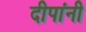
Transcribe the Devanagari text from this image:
दीपांनी